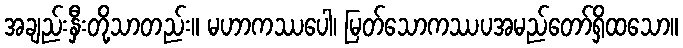
အချည်းနှီးတို့သာတည်း။ မဟာကဿပေါ၊ မြတ်သောကဿပအမည်တော်ရှိထသော။